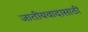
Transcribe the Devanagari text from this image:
जातीयवादासाठी